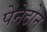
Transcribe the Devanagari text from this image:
पेनेटोन